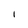
Character: l